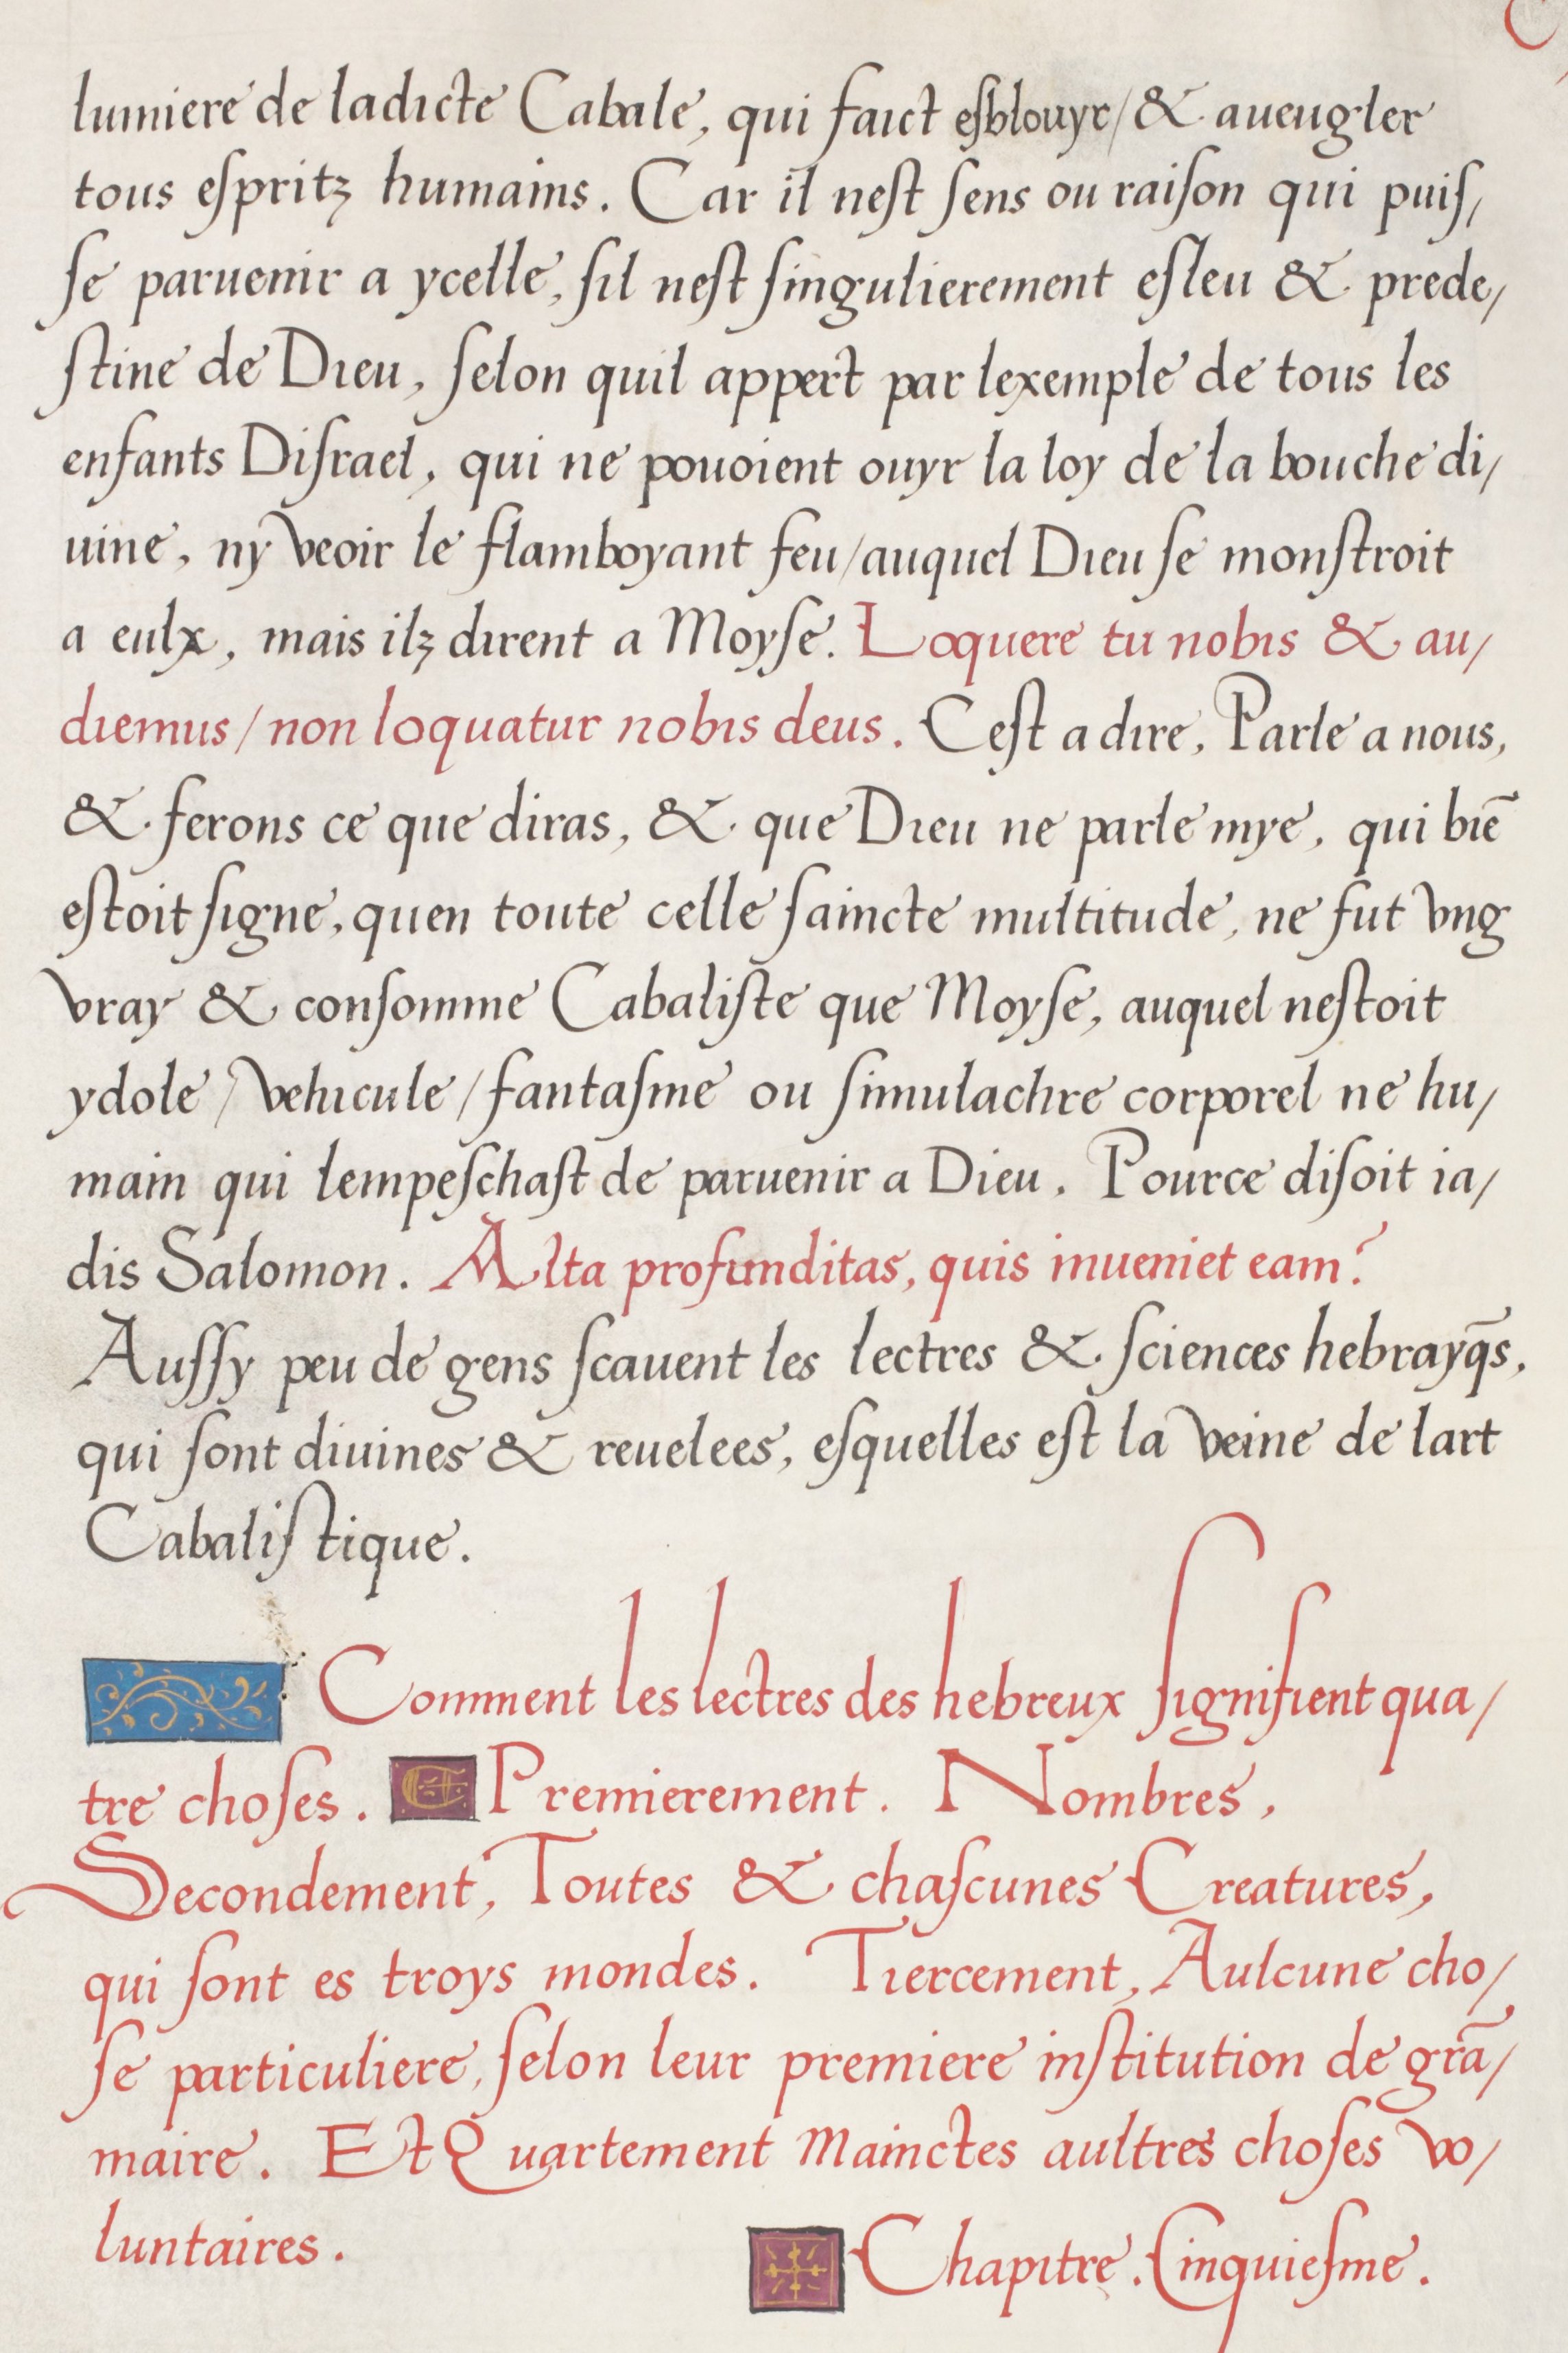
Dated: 1536–1536